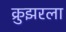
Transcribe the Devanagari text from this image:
क्रुझरला